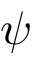
\psi